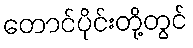
တောင်ပိုင်းတို့တွင်